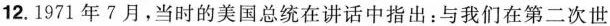
12.1971年7月，当时的美国总统在讲话中指出：与我们在第二次世